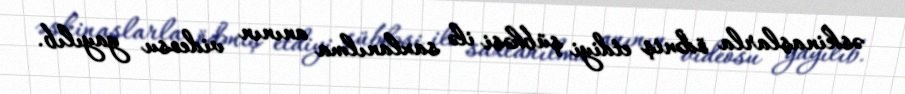
əskinaslarla ödəniş etdiyi şübhəsi ilə saxlanılma anının videosu yayılıb.